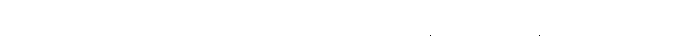
ထိုအခါ၌။ အညတရော၊ မထင်ရှားသော။ ဘိက္ခု၊ ရဟန်းသည်။ ယေန၊ အကြင်အရပ်၌။